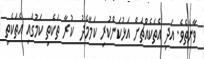
ވާނެތެވެ. އަދި އެތަކެއްޗަށް އަޅުކަންކުރި ކަމާމެދު  ކުރާ ތަކެތި ކަމުގައި އެތަކެތި